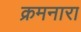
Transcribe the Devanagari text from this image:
क्रमनारा